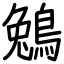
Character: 鵵